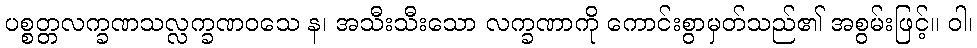
ပစ္စတ္တလက္ခဏသလ္လက္ခဏဝသေ န၊ အသီးသီးသော လက္ခဏာကို ကောင်းစွာမှတ်သည်၏ အစွမ်းဖြင့်။ ဝါ၊